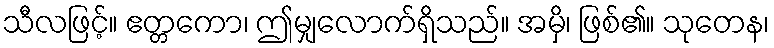
သီလဖြင့်။ ဧတ္တကော၊ ဤမျှလောက်ရှိသည်။ အမှိ၊ ဖြစ်၏။ သုတေန၊